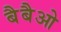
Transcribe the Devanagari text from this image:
बैबैओ